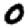
Digit: 0